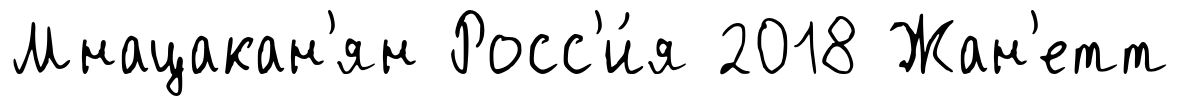
Мнацакан'ян Росс'и́я 2018 Жан'етт